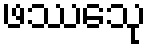
ဖဿေသု